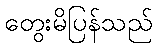
တွေးမိပြန်သည်